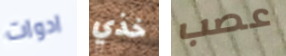
ادوات خذي عصب